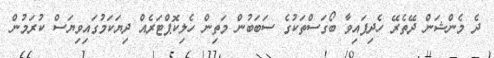
ދެ މެންޝަން ދޭތެރޭ ހެދިފައިވާ ބޯގަސްތަކުގެ ސަބަބުން މަތިން ހެލިކޮޕްޓަރެއް ދިޔަކަމުގައިވިޔަސް ކުރަމުން